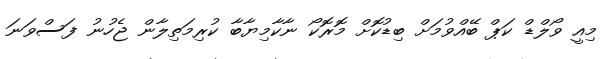
މިއީ ވޯލްޑް ކަޕް ބޭއްވުމަށް ބިޑުކޮށް މޮރޮކޯ ނާކާމިޔާބާ ކުރިމަތިލާން ޖެހުނު ފަސްވަނަ